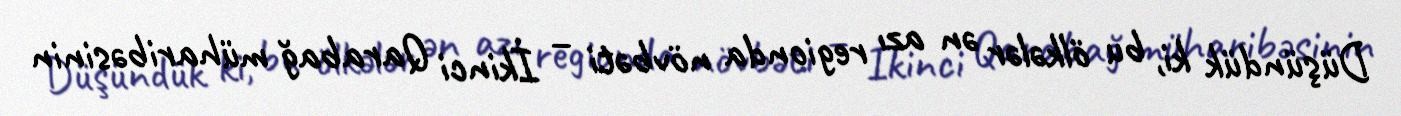
Düşündük ki, bu ölkələr ən azı regionda növbəti – İkinci Qarabağ müharibəsinin